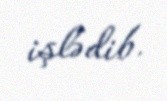
işlədib.